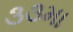
૩૩મા